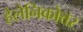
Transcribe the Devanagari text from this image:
हेलेनिकोत्तर